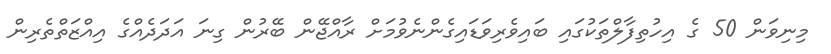
މިނިވަން 50 ގެ އިހުތިފާލްތަކުގައި ބައިވެރިވަޑައިގެންނެވުމަށް ރާއްޖޭން ބޭރުން ގިނަ އަދަދެއްގެ އިއްޒަތްތެރިން